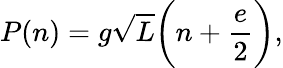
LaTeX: P(n)=g\sqrt L\bigg(n+\frac{e}{2}\bigg),